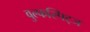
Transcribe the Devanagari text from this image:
वुल्फस्पिट्ज